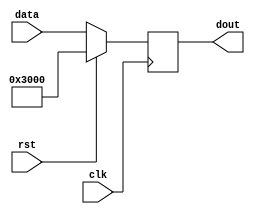
module pc (clk, rst, data, dout);
	input				clk;
	input				rst;
	input		[31:0]	data;
	output	reg	[31:0]	dout;

	always @(posedge clk)
	begin
		if(rst)
			dout[31:0] <= {32'h0000_3000};
		else
			dout <= data;
	end
endmodule